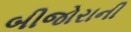
બીજોરાની